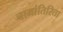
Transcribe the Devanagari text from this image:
नामांतिरिता